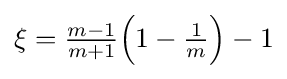
{\textstyle \xi ={\frac {m-1}{m+1}}{\Bigl (}1-{\frac {1}{m}}{\Bigr )}-1}